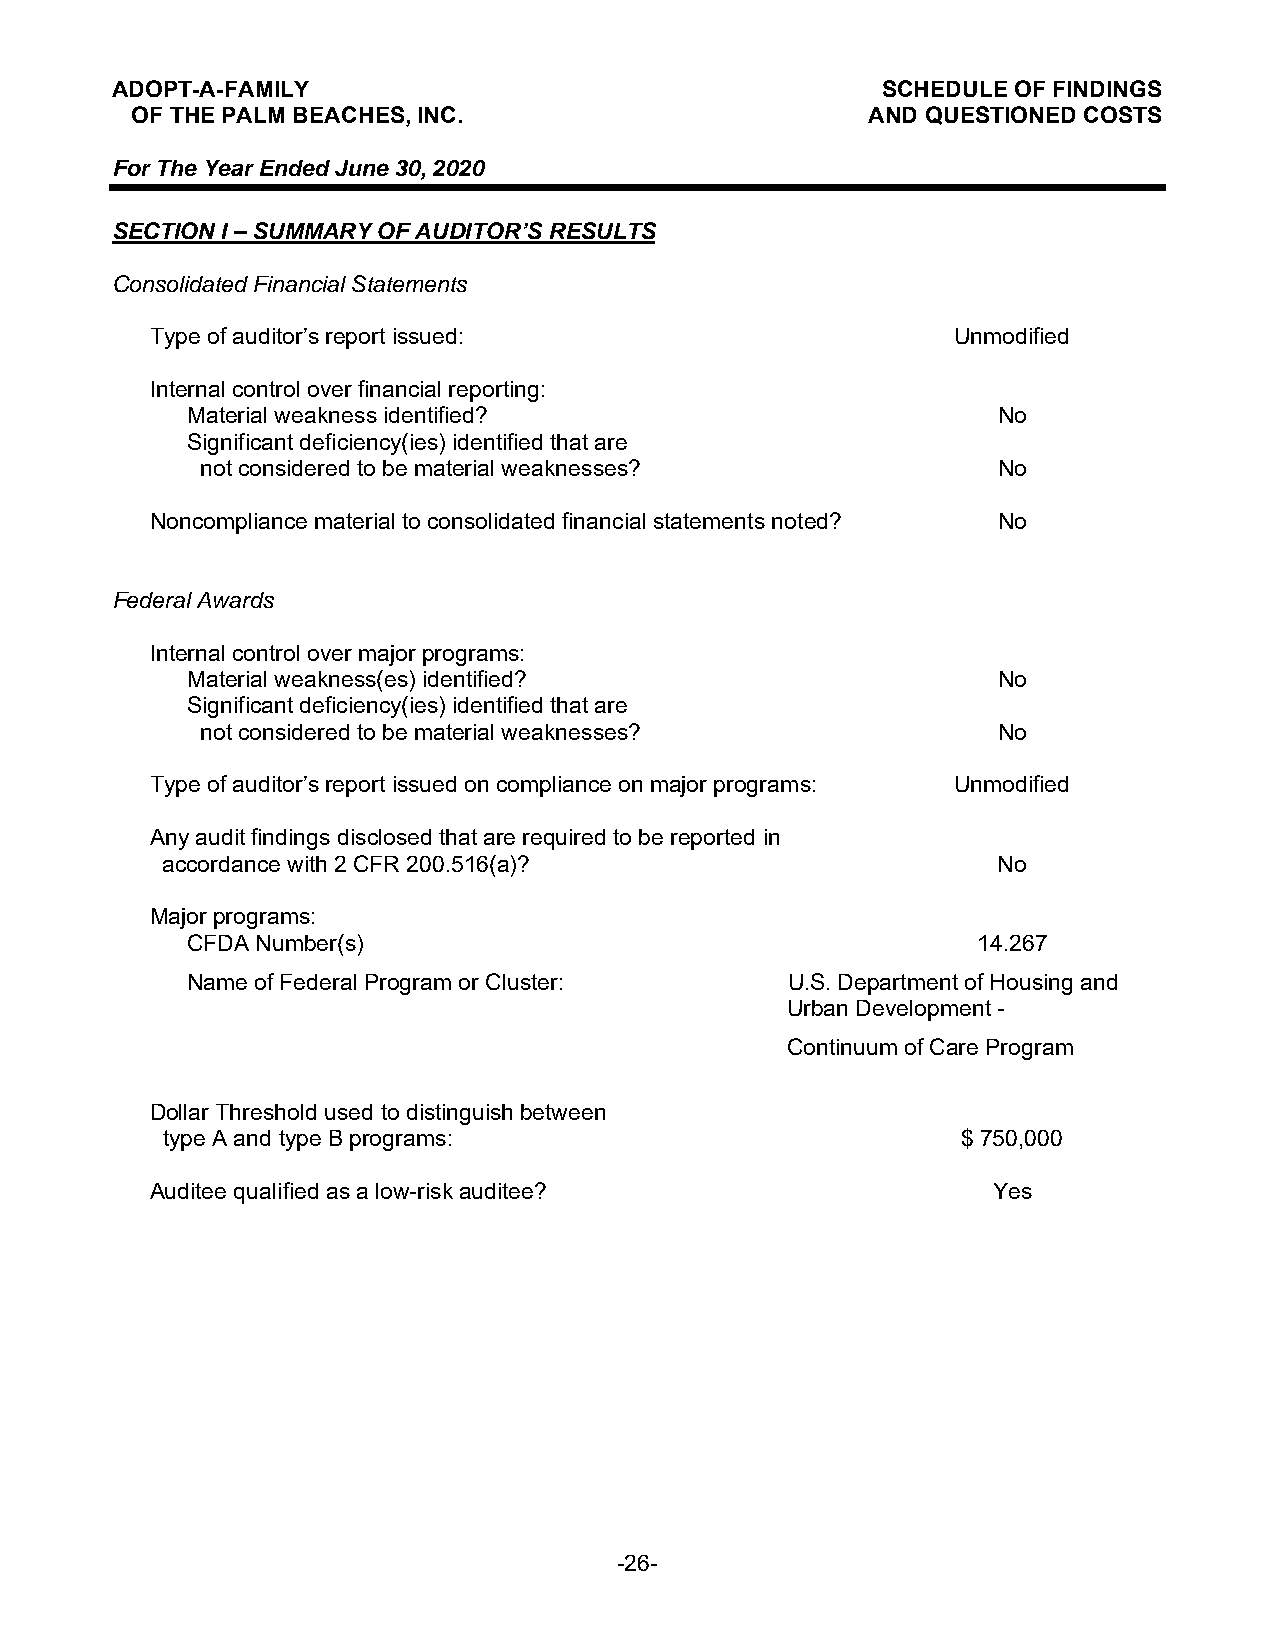
ADOPT-A-FAMILY                                     SCHEDULE OF FINDINGS
 OF THE PALM BEACHES, INC.                        AND QUESTIONED COSTS
 For The Year Ended June 30, 2020
 SECTION I – SUMMARY OF AUDITOR’S RESULTS
 Consolidated Financial Statements
 Type of auditor’s report issued:                     Unmodified
 Internal control over financial reporting:
 Material weakness identified?                         No
 Significant deficiency(ies) identified that are
 not considered to be material weaknesses?            No
 Noncompliance material to consolidated financial statements noted? No
 Federal Awards
 Internal control over major programs:
 Material weakness(es) identified?                     No
 Significant deficiency(ies) identified that are
 not considered to be material weaknesses?            No
 Type of auditor’s report issued on compliance on major programs: Unmodified
 Any audit findings disclosed that are required to be reported in
 accordance with 2 CFR 200.516(a)?                      No
 Major programs:
 CFDA Number(s)                                       14.267
 Name of Federal Program or Cluster:     U.S. Department of Housing and
 Urban Development -
 Continuum of Care Program
 Dollar Threshold used to distinguish between
 type A and type B programs:                          $ 750,000
 Auditee qualified as a low-risk auditee?                Yes
 -26-